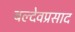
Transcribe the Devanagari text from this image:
बल्देवप्रसाद